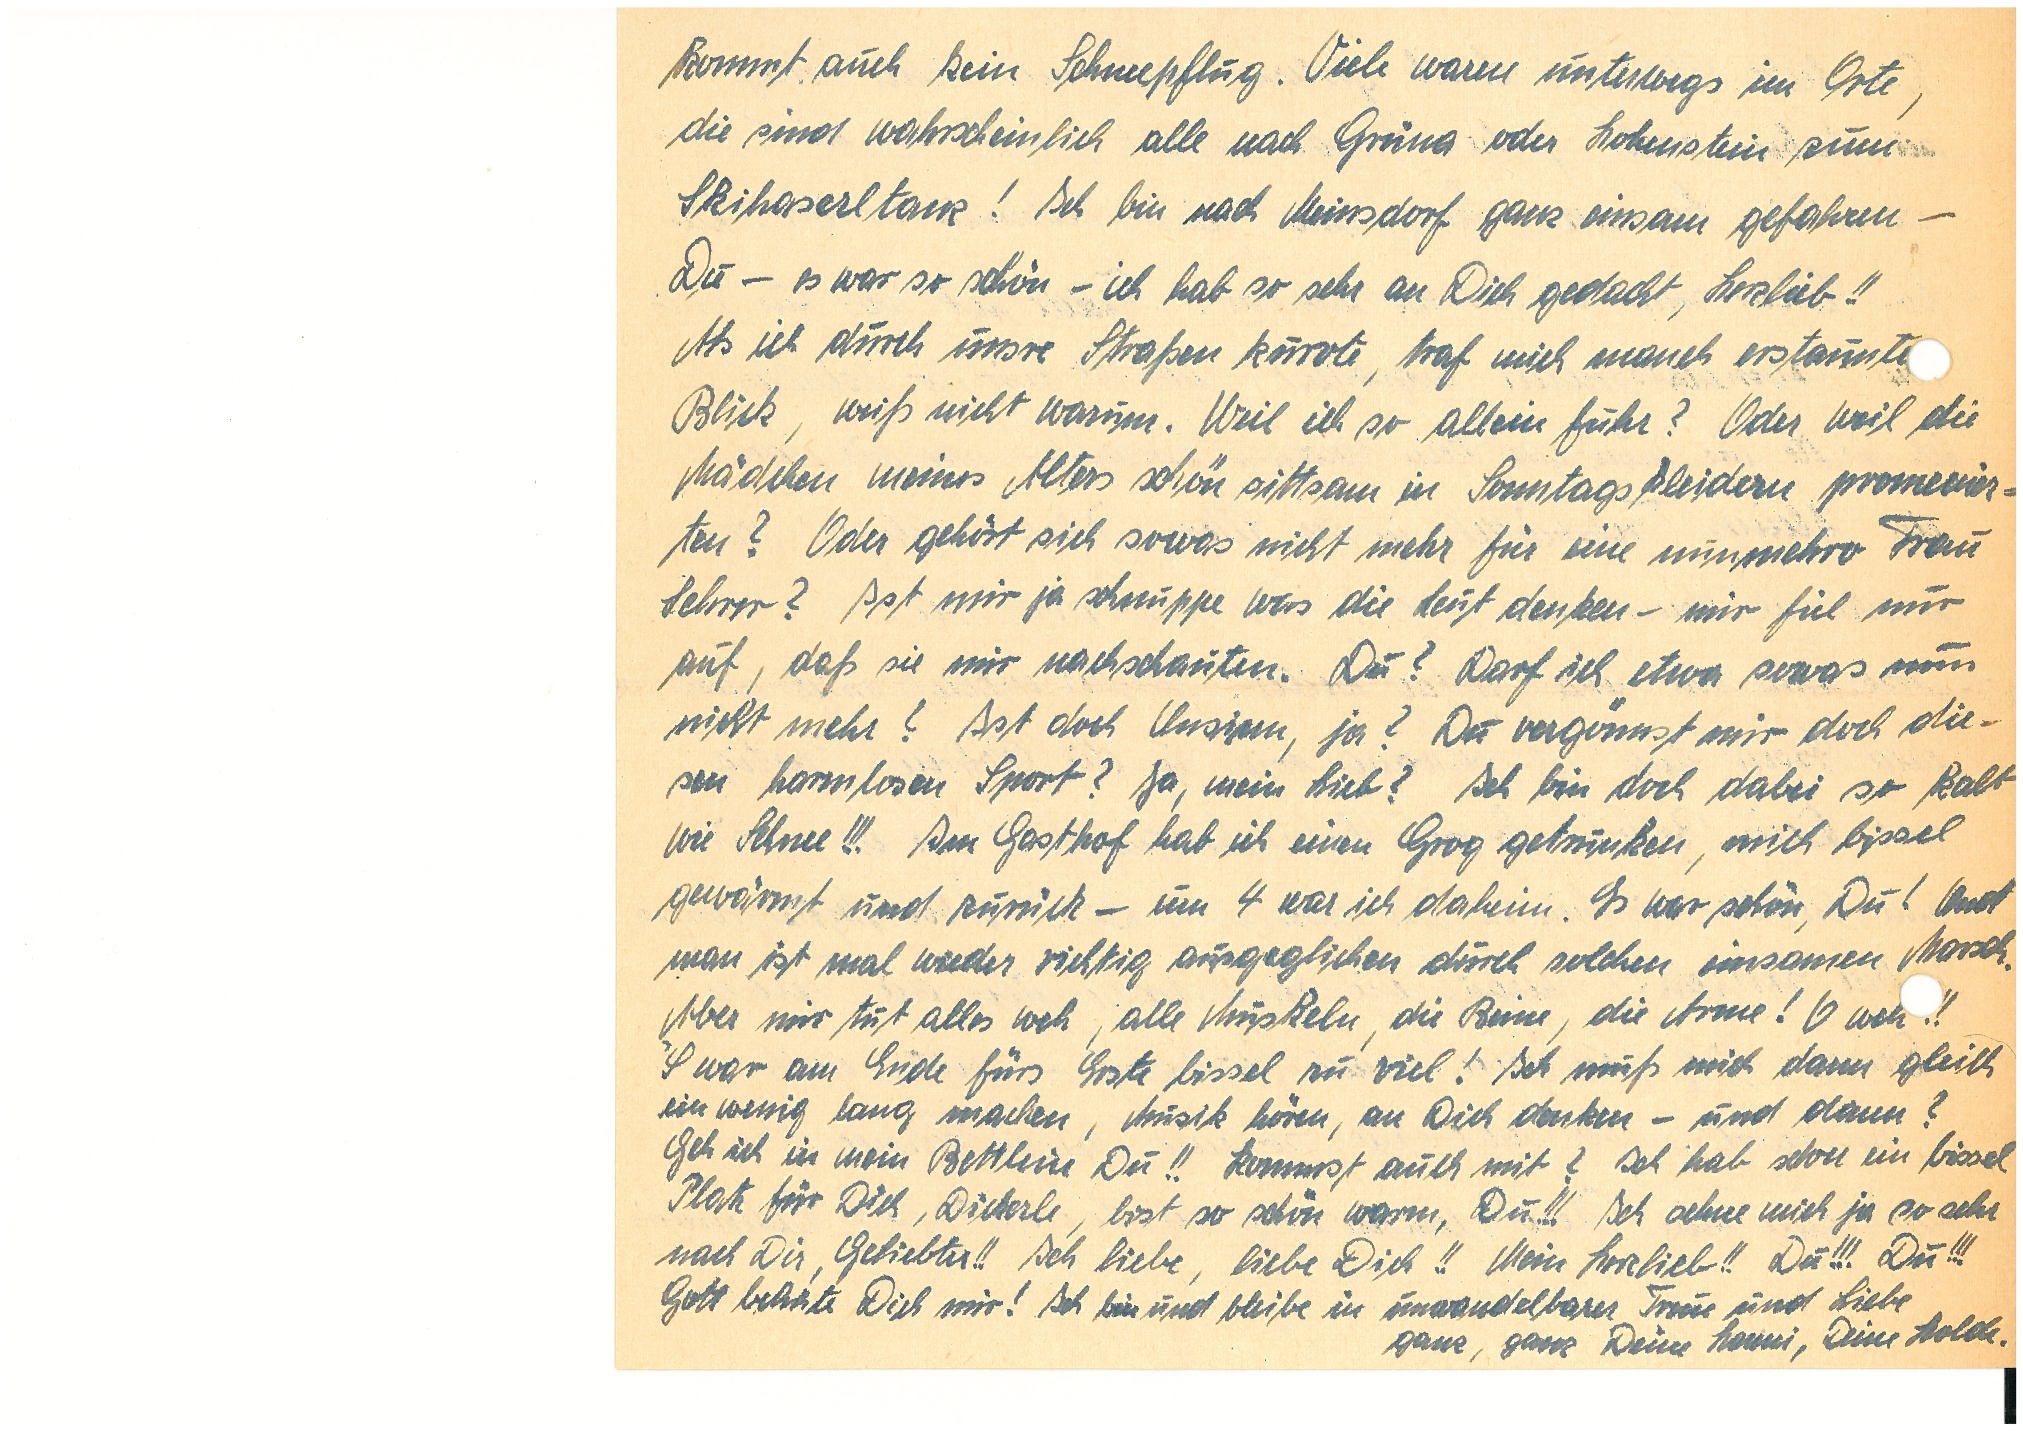
kommt auch kein Schneepflug. Viele waren unterwegs im Orte,
die sind wahrscheinlich alle nach G. oder H. zum
Skihaserltanz! Ich bin nach M. ganz einsam gefahren —
Du — es war so schön — ich hab so sehr an Dich gedacht, Herzlieb!!
Als ich durch unsre Straßen kurvte, traf mich manch erstaunte
Blick, weiß nicht warum. Weil ich so allein fuhr? Oder weil die
Mädchen meines Alters schön sittsam in Sonntagskleidern promenier¬
ten? Oder gehört sich sowas nicht mehr für eine nunmehro Frau
Lehrer? Ist mir ja schnuppe was die Leut denken – mir fiel nur
auf, daß sie mir nachschauten. Du? Darf ich etwa sowas nun
nicht mehr? Ist doch Unsinn, ja? Du vergönnst mir doch die¬
sen harmlosen Sport? Ja, mein Lieb? Ich bin doch dabei so kalt
wie Schnee!!! Im Gasthof hab ich einen Grog getrunken, mich bissel
gewärmt und zurück — um 4 war ich daheim. Es war schön, Du! Und
man ist mal wieder richtig ausgeglichen durch solchen einsamen Marsch.
Aber mir tut alles weh, alle Muskeln, die Beine, die Arme! O weh!!
’S war am Ende fürs Erste bissel zu viel! Ich muß mich dann gleich
ein wenig lang machen, Musik hören, an Dich denken – und dann?
Geh ich in mein Bettlein Du!! Kommst auch mit? Ich hab schon ein bissel
Platz für Dich, Dickerle, bist so schön warm, Du!!! Ich sehne mich ja so sehr
nach Dir, Geliebter!! Ich liebe, liebe Dich!! Mein Herzlieb!! Du!!! Du!!!
Gott behüte Dich mir! Ich bin und bleibe in unwandelbarer Treue und Liebe
ganz, ganz Deine, Deine Holde.